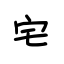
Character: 宅